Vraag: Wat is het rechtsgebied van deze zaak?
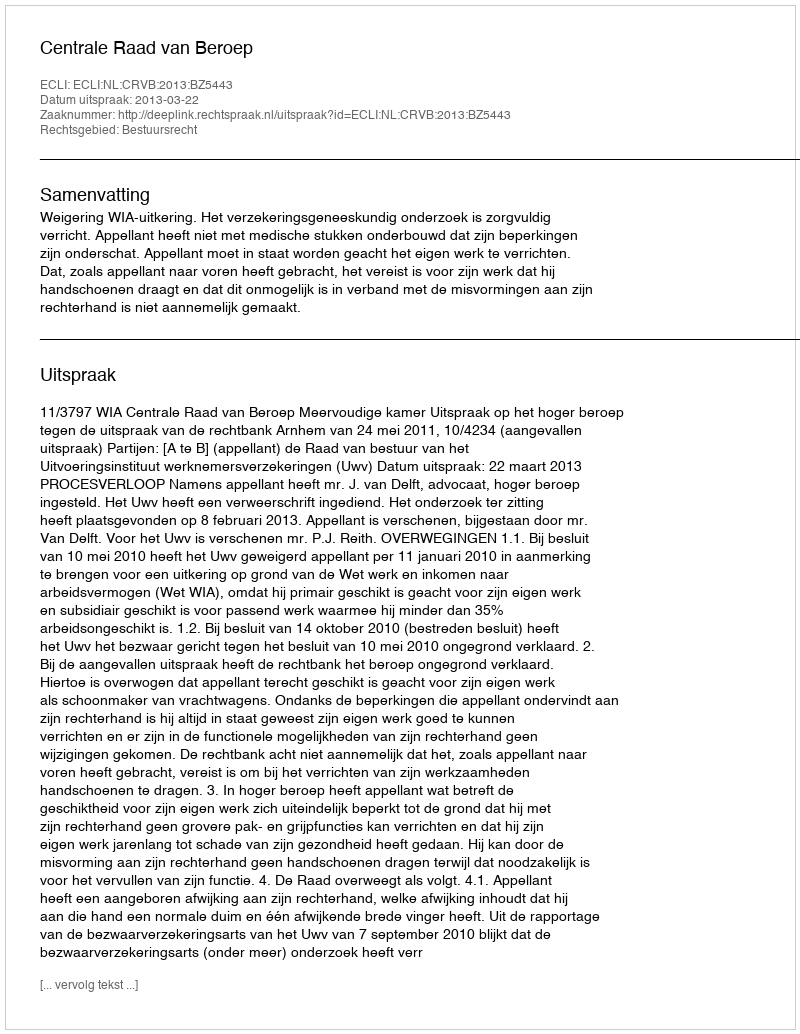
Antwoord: Bestuursrecht